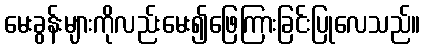
မေးခွန်းများကိုလည်းမေး၍ဖြေကြားခြင်းပြုလေသည်။